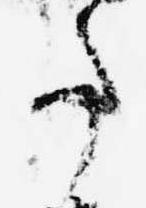
事